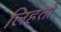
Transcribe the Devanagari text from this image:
लिहतो